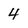
Character: 4